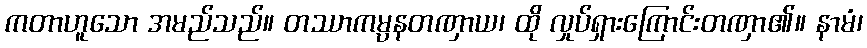
ကတာဟူသော အမည်သည်။ တဿာကမ္ပနတဏှာယ၊ ထို လှုပ်ရှားကြောင်းတဏှာ၏။ နာမံ၊